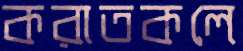
করাতকলে